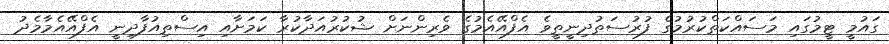
ގައުމީ ޓީމުގައި މަސައްކަތްކުރުމުގެ ފުރުސަތުދިނީތީވެ އެފްއޭއެމުގެ ވެރިންނަށް ޝުކުރުއަދާކުރާ ކަމަށާއި އިސްތިއުފާދިނީ އެފްއޭއެމާމެދު